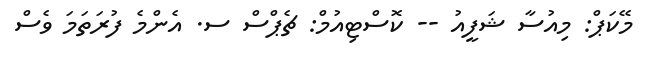
މޭކަޕް: މިއުސާ ޝަފީއު -- ކޮސްޓިއުމް: ޗެޕްސް ސ. އެންމެ ފުރަތަމަ ވެސް